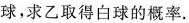
球，求乙取得白球的概率.